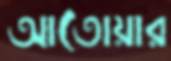
আতোয়ার